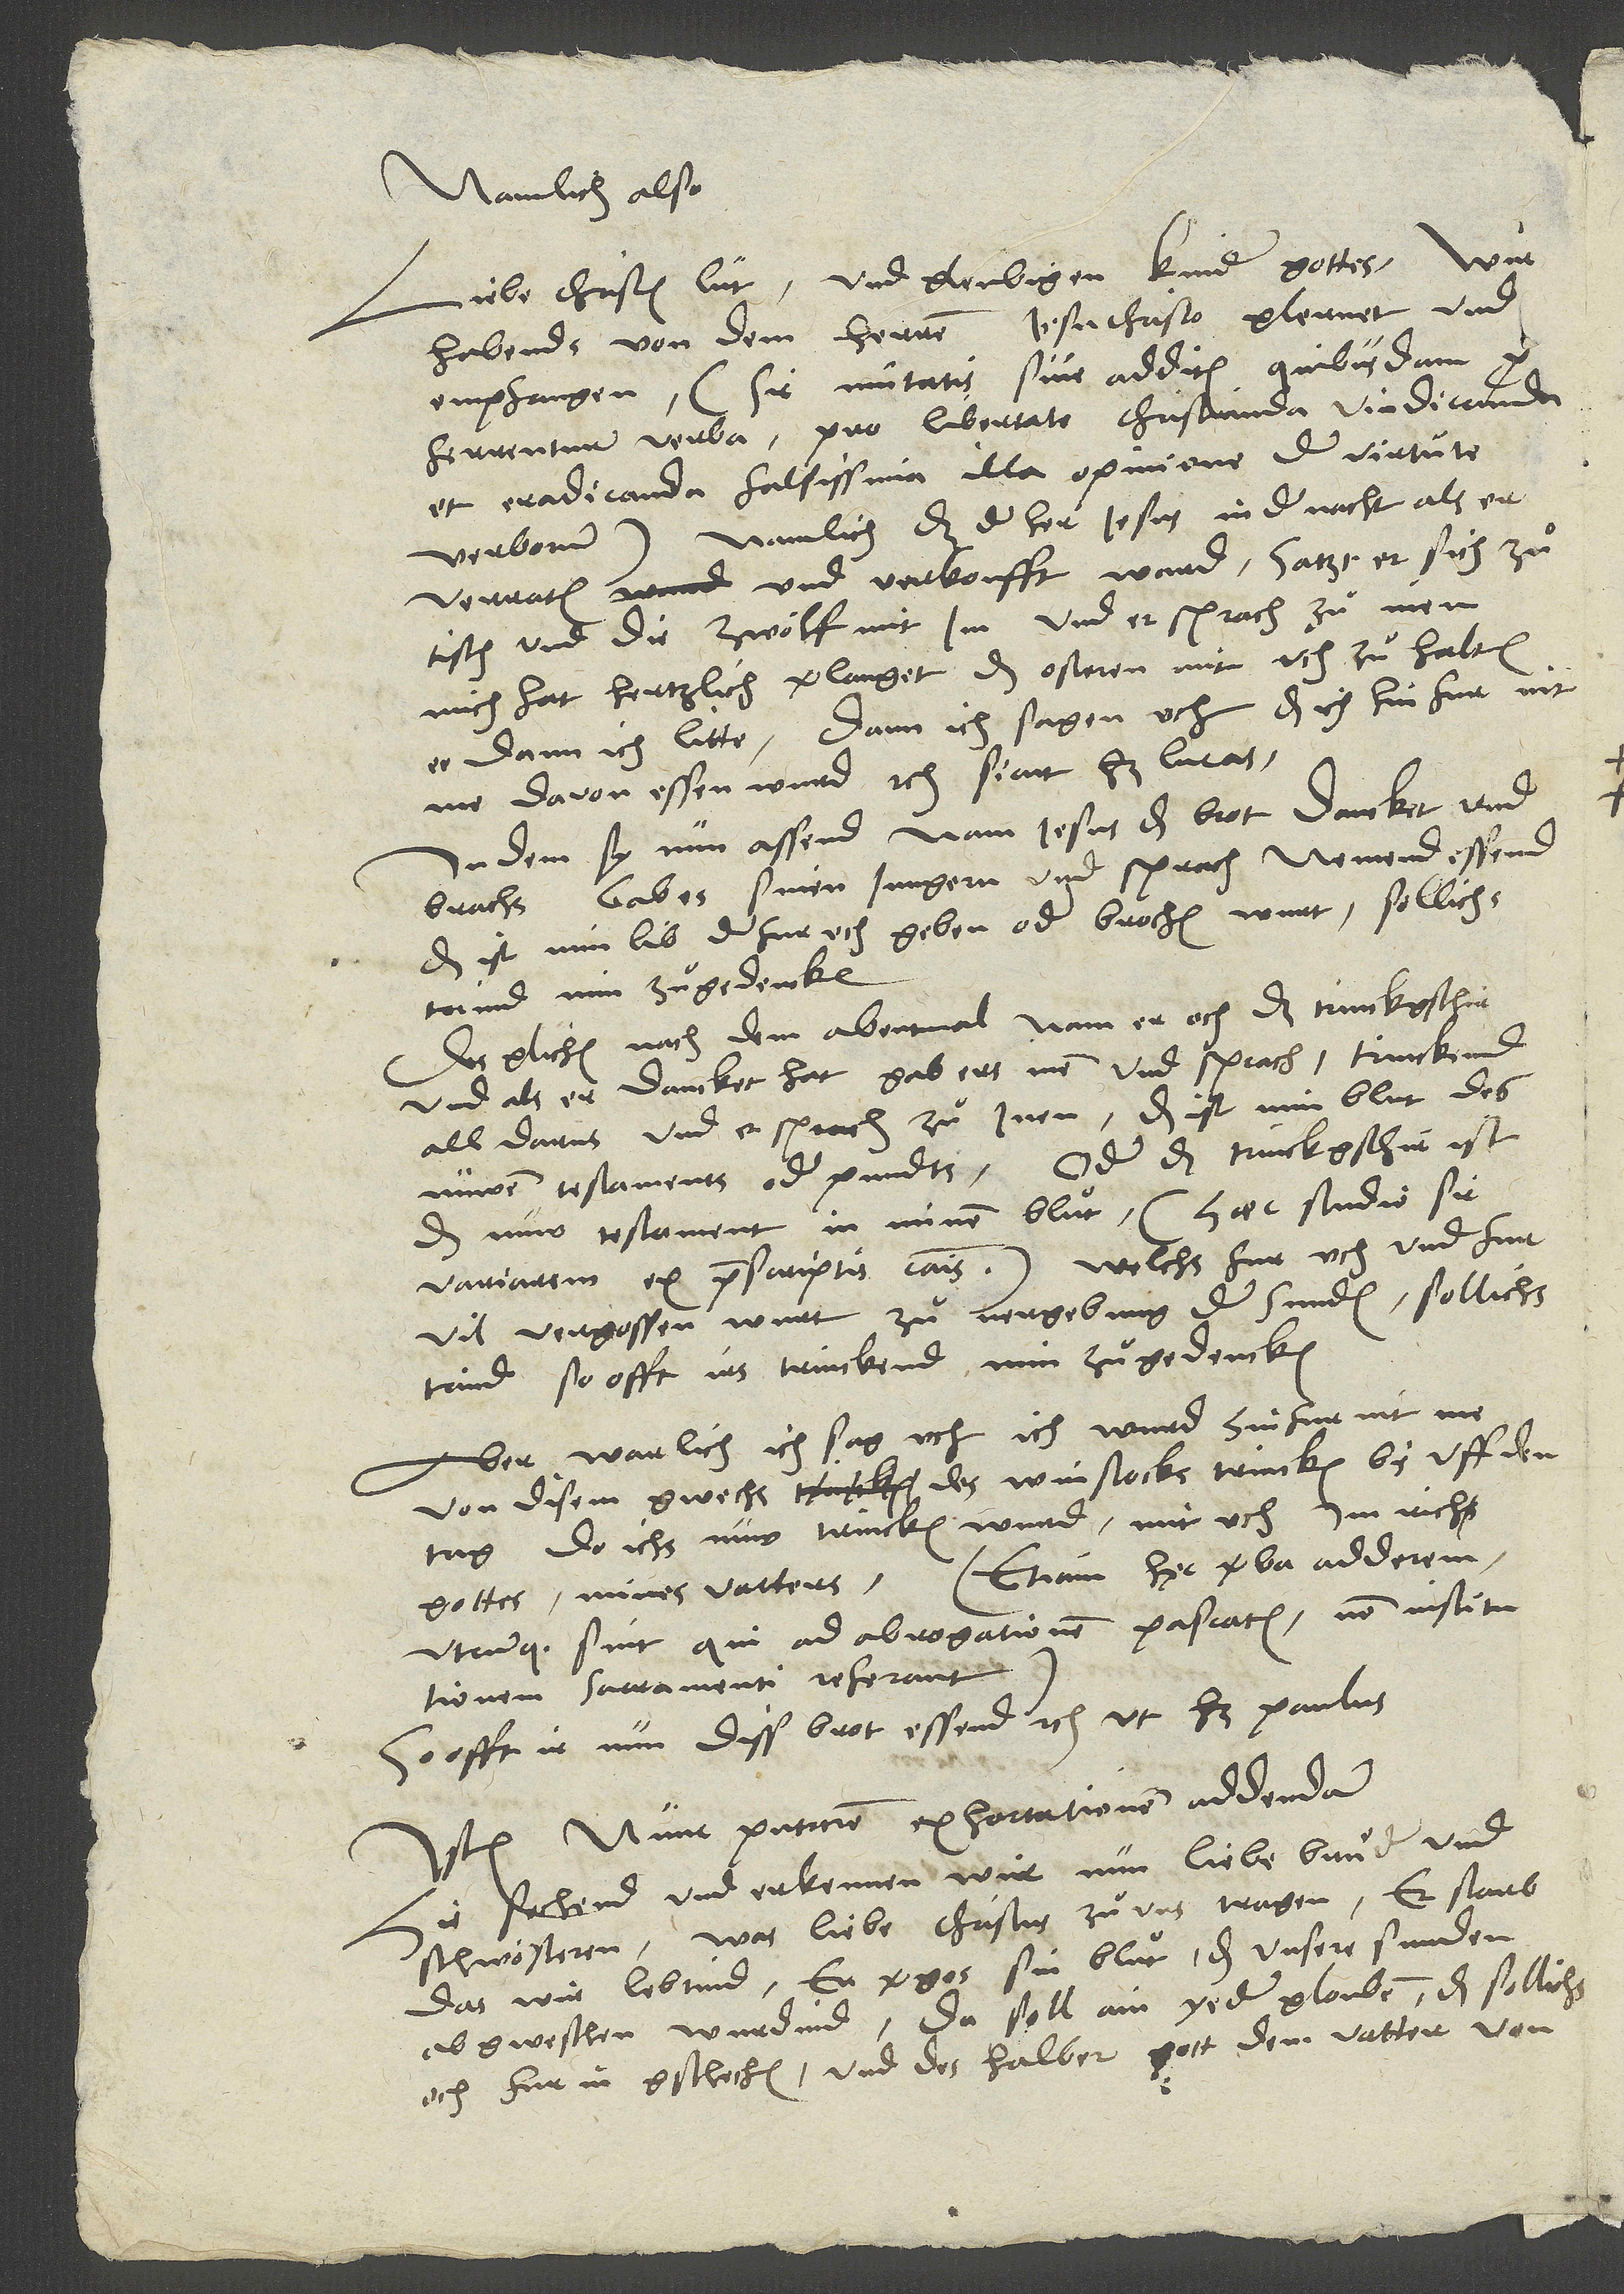
Namlich also:
Liebe christen lüt und gleubigen kinder gottes, wir
habends von dem herren Jesu Christo glernet und
empfangen (sic mutatis sive additis quibusdam
proferrentur verba pro libertate christiana vindicanda
et eradicanda falsissima illa opinione de virtute
verborum), namlich, das der her Jesus in der nacht, als er
Istis nunc putarem exhortationem addendam:
Hie sechend und erkennen wir nun, liebe bruͤder und
schwösteren, was liebe Christus zuͦ uns tragen. Er starb,
das wir lebtind. Er vergos sin bluͦt, das unsere sunden
abgweschen wurdind. Da soll ain yeder glouben, das sollichs
och fur in gschechen, und des halber gott dem vatter von